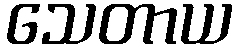
သေတာယ